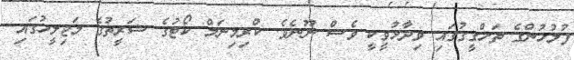
ފުލުހުންގެ ތަހްގީގުގައި ވިދާޅުވީކީ ވެސް ނޫނެވެ. ކްރިމިނަލް ކޯޓުގެ ޝަރީތުގެ މަޖިލީހުގައި